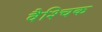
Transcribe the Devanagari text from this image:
वैश्चिक